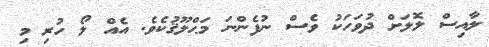
ލާއިސް ލޮލަށް ދުވަހަކު ވެސް ނުފެންނަ މަޙްލޫޤުކެވެ. އެއް ލޯ ހުރި މި